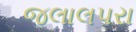
જલાલપરા